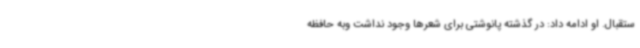
ستقبال. او ادامه داد: در گذشته پانوشتی برای شعرها وجود نداشت وبه حافظه